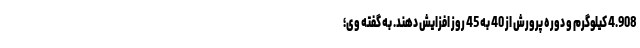
4.908 کیلوگرم و دوره پرورش از 40 به 45 روز افزایش دهند. به گفته وی؛